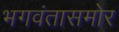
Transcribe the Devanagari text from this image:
भगवंतासमोर